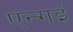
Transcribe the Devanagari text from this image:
एन्गई